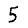
Digit: 5